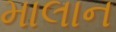
માલાન